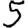
Digit: 5